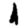
Digit: 1